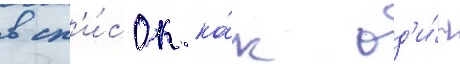
в сп'и́сок ка́к од'и́н